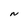
Character: N